Scottish Leaving Certificate Examination, 1959
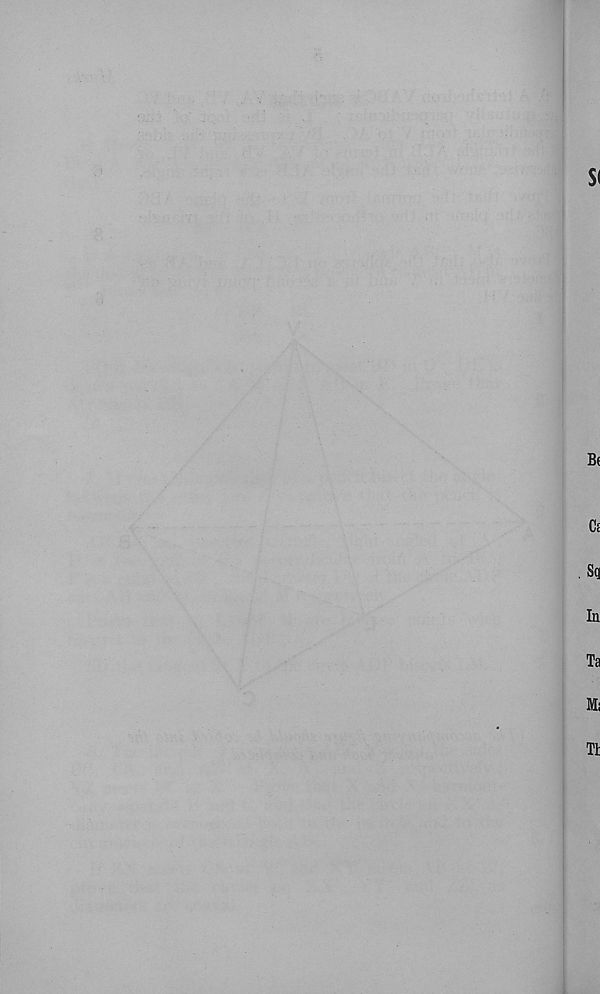
SI
B(
Ci
Sq
In
Ta
l!
TI